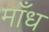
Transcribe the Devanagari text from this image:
माँध